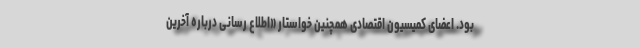
بود. اعضای کمیسیون اقتصادی همچنین خواستار «اطلاع رسانی درباره آخرین